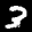
Label: 3